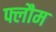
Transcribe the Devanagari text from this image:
फ्लौम